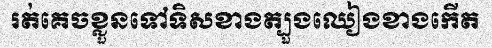
រត់គេចខ្លួនទៅទិសខាងត្បួងឈៀងខាងកើត